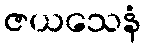
ဇယသေနံ